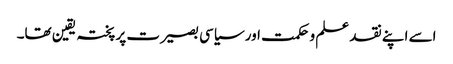
اسے اپنے نقد علم و حکمت اور سیاسی بصیرت پر پختہ یقین تھا۔